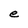
Character: e